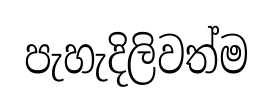
පැහැදිලිවත්ම